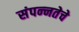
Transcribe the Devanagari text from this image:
संपन्‍नतेचे